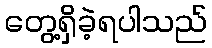
တွေ့ရှိခဲ့ရပါသည်